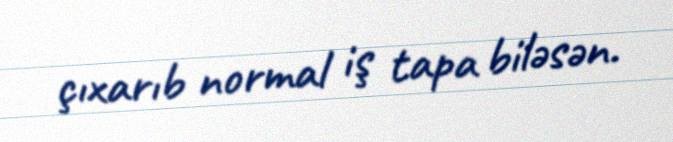
çıxarıb normal iş tapa biləsən.